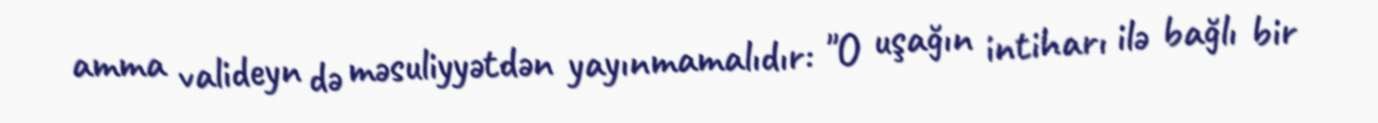
amma valideyn də məsuliyyətdən yayınmamalıdır: "O uşağın intiharı ilə bağlı bir